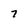
Character: 7